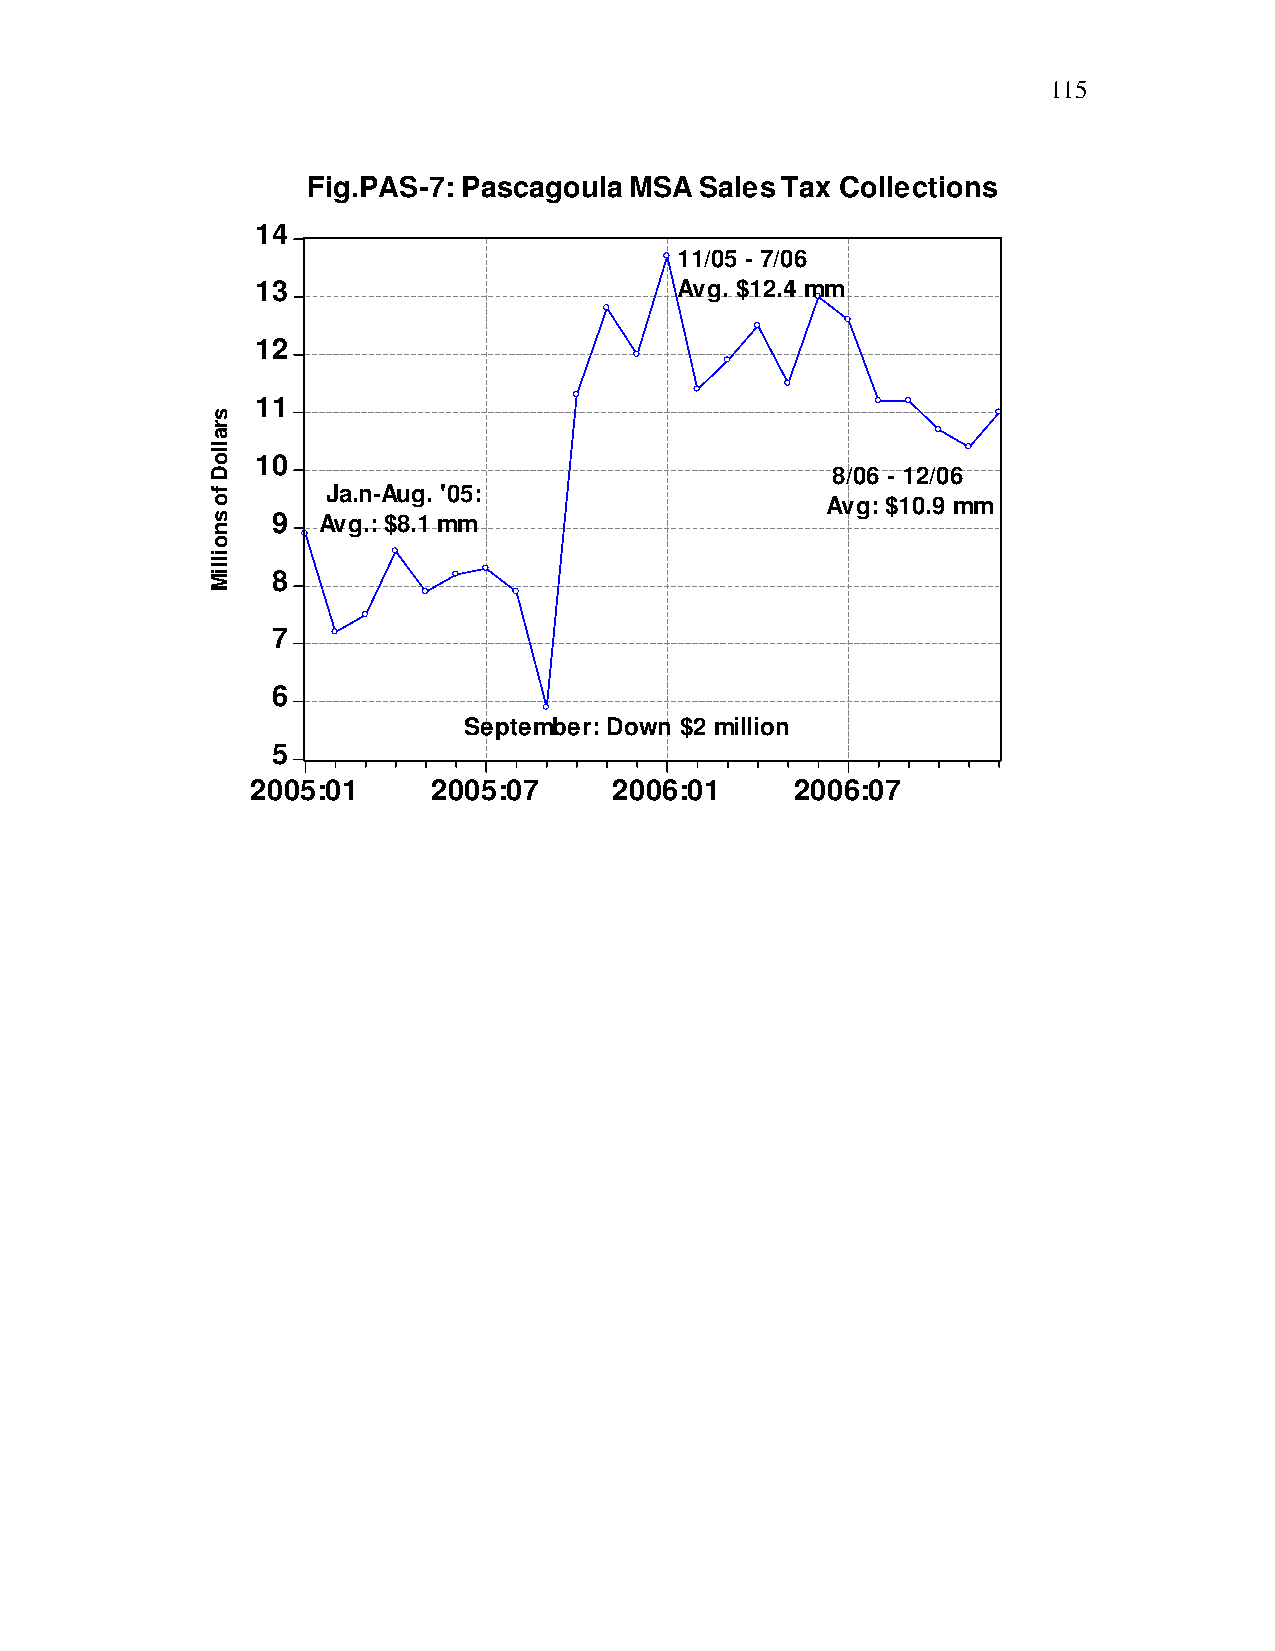
115
 Fig.PAS-7: Pascagoula MSA Sales Tax Collections
 14
 11/05 - 7/06
 13                          Avg. $12.4 mm
 12
 11
 10
 8/06 - 12/06
 Ja.n-Aug. '05:
 Avg: $10.9 mm
 9  Avg.: $8.1 mm
 8
 7
 6
 September: Down $2 million
 5
 2005:01     2005:07     2006:01     2006:07
 sralloD
 fo
 snoilliM